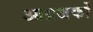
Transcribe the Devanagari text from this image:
आव्रजकों